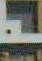
-